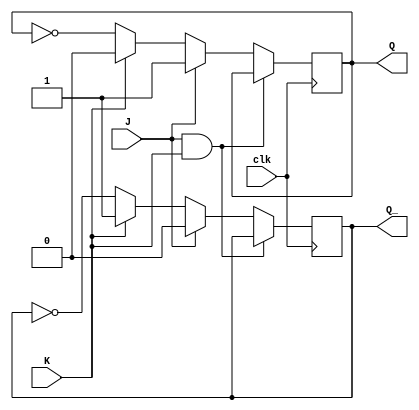
module jk_flip_flop(
    input J, 
    input K, 
    input clk,
    output reg Q,
    output reg Q_
);

always @(posedge clk) begin
    if (J && K) begin
        Q <= Q;
        Q_ <= Q_;
    end
    else if (J) begin
        Q <= 1'b1;
        Q_ <= 1'b0;
    end
    else if (K) begin
        Q <= 1'b0;
        Q_ <= 1'b1;
    end
    else begin
        Q <= ~Q;
        Q_ <= ~Q_;
    end
end

endmodule